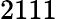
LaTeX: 2111